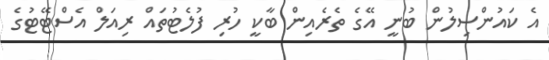
އެ ކައުންސިލުން ބުނީ އޭގެ ތެރެއިން ބާކީ ހުރި ފުލެޓުތައް ރިއަލް އެސްޓޭޓުގެ